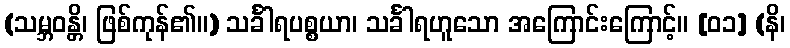
(သမ္ဘဝန္တိ၊ ဖြစ်ကုန်၏။) သင်္ခါရပစ္စယာ၊ သင်္ခါရဟူသော အကြောင်းကြောင့်။ [၀၁] (နိ၊